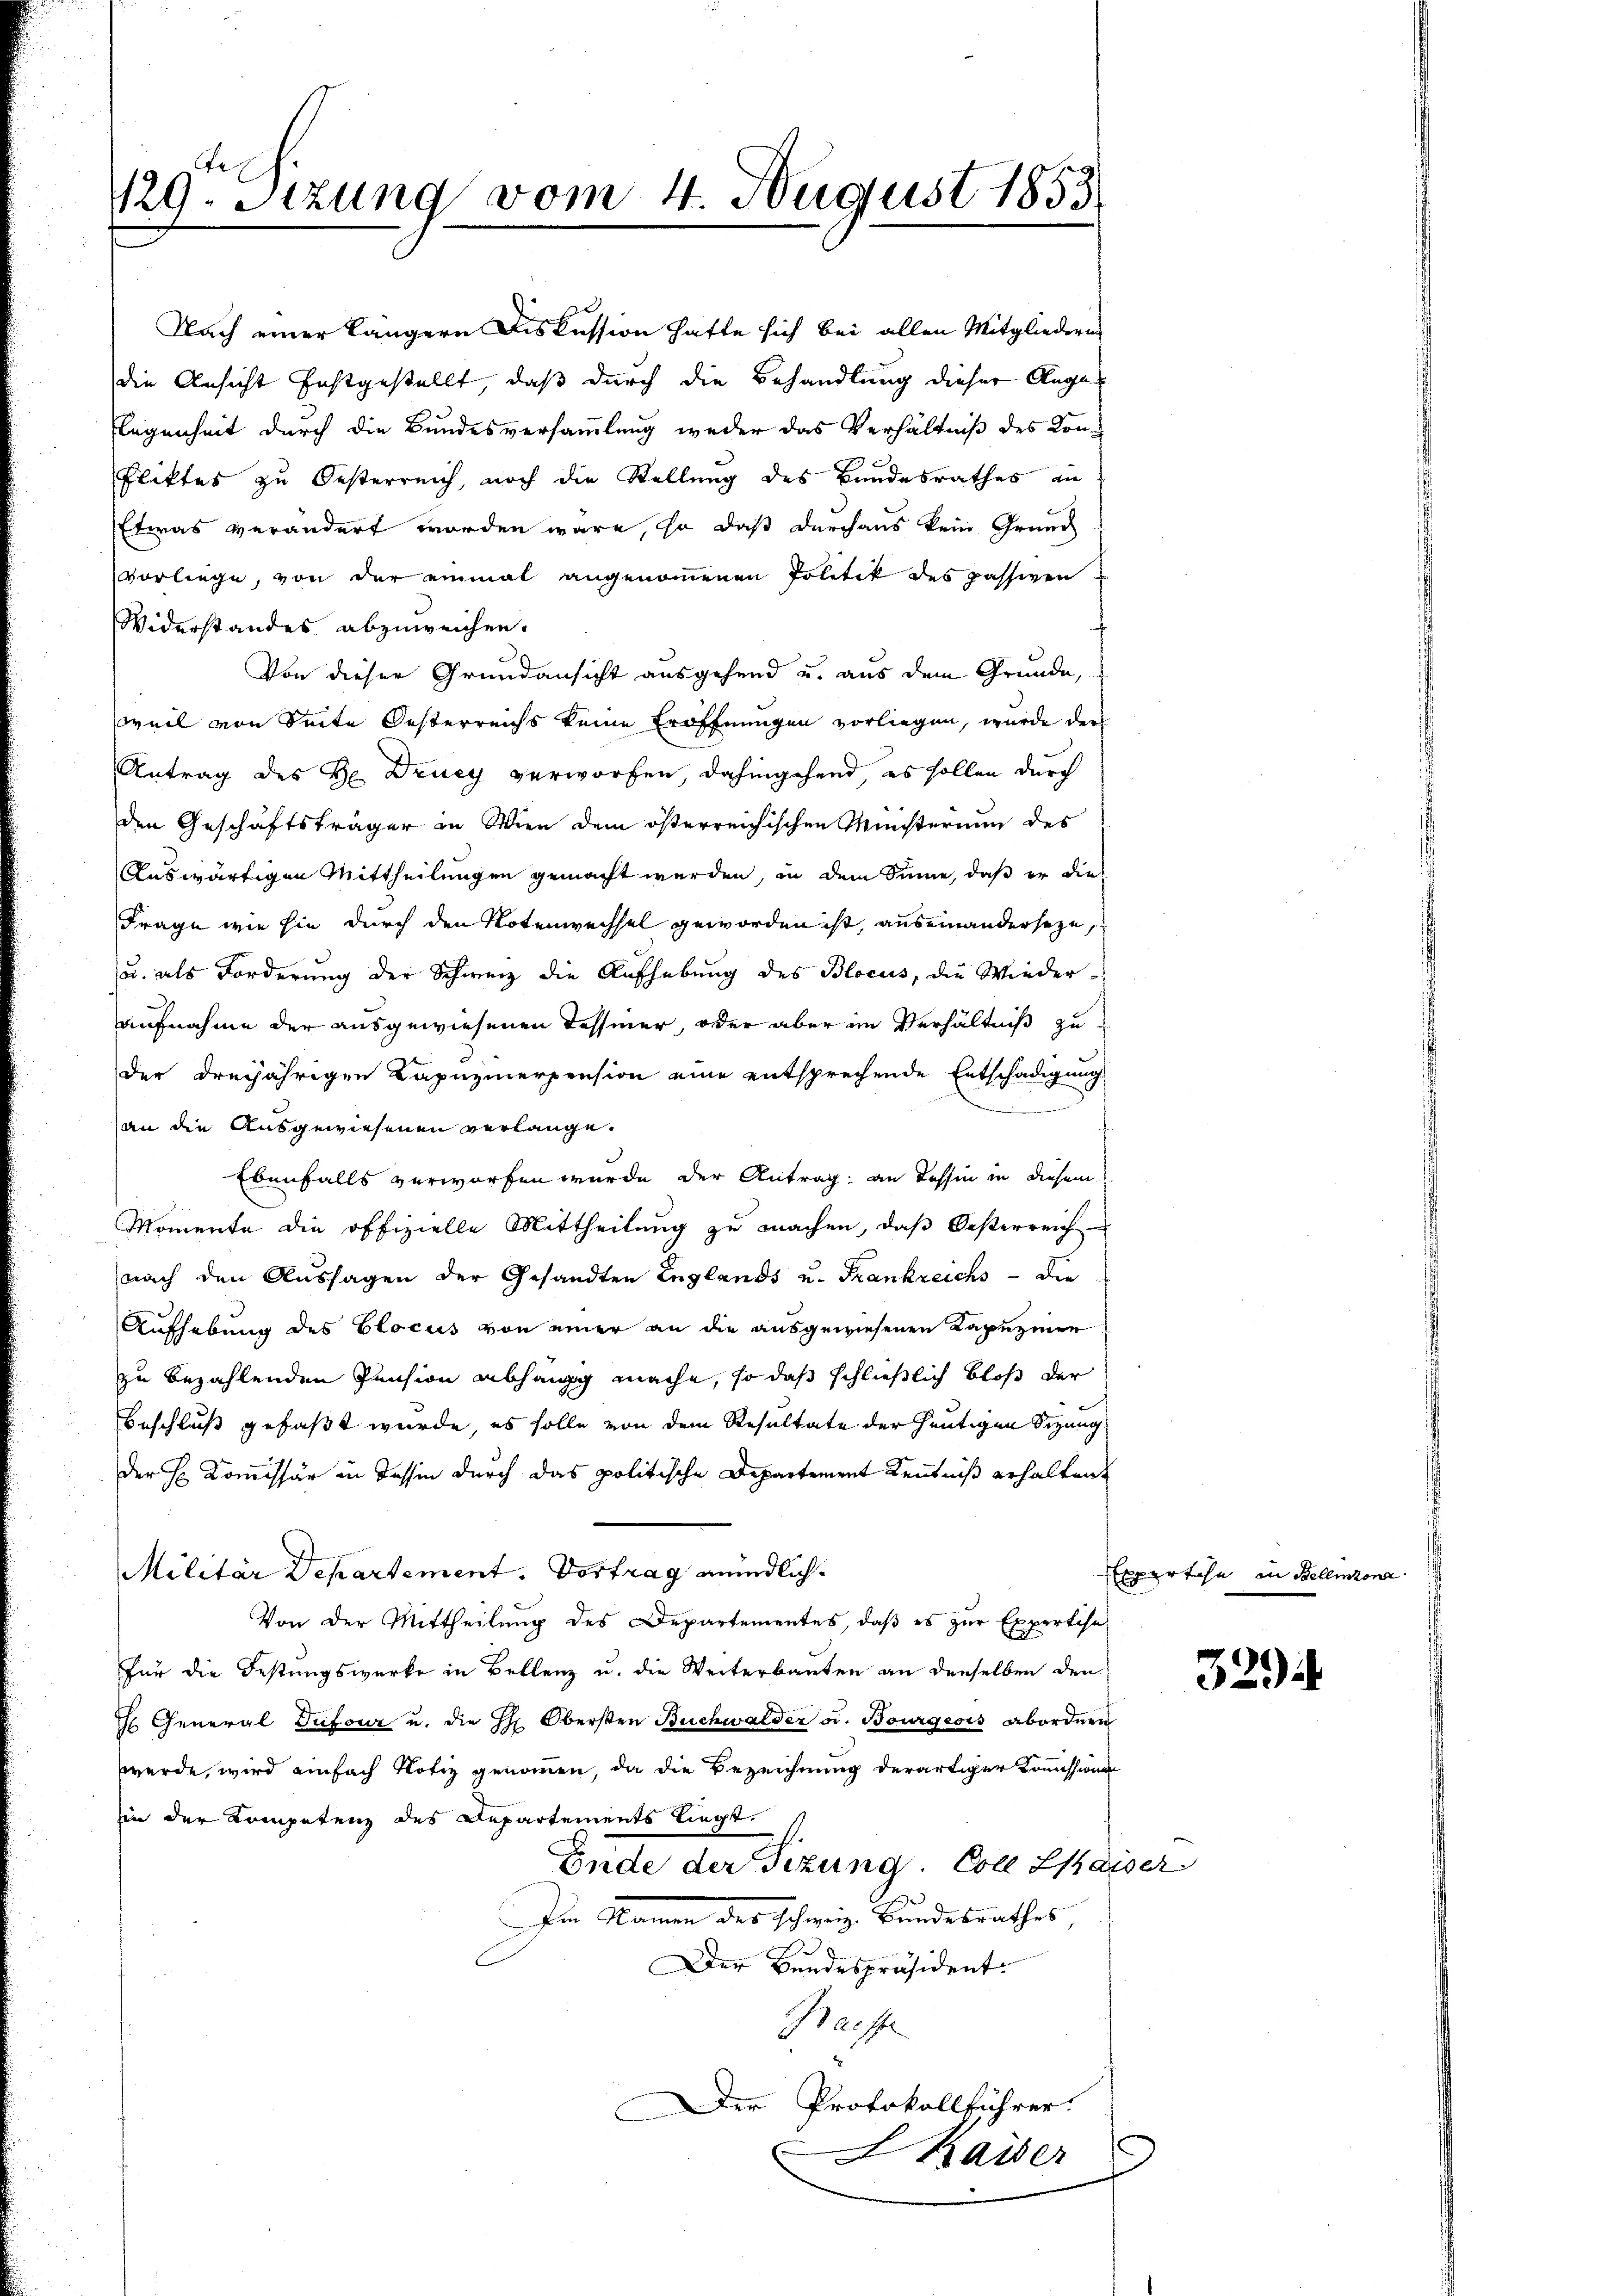
1129. Sitzung vom 4. August 1853

den Geschäftsträger in Wien dem österreichischen Ministerium des
Auswärtigen Mittheilungen gemacht werden, in dem Sinne, daß er die
Frage wie sie durch den Notenwechsel geworden ist, auseinanderseze
u. als Forderung der Schweiz die Aufhebung des Blocus, die Wiederaufnahme der ausgewiesenen Tessiner, oder aber im Verhältniß zu
der dreijährigen Kapuzinerpension eine entsprechende Entschädigung
an die Ausgewiesenen verlange.
Ebenfalls verworfen wurde der Antrag, an dessin in diesem
Momente die offizielle Mittheilung zu machen, daß Oesterreich
nach den Aussagen der Gesandten Englands u. Frankreichs - Die
Aufhebung des Elocus von einer an die ausgewiesenen Kapuziner
zu bezahlenden Pension abhängig mache, so daß schließlich bloß der
Beschluß gefaßt wurde, es solle von dem Resultate der heutigen Sitzung
der H. Commissär in Tessin durch das politische Departement Kenntniß erhalten
Militär Departement. Vortrag meindlich.
Von der Mittheilung des Departementes, daß es zur Expertisa
für die Festungswerke in Bellenz u. die Weiterbauten an denselben den
J General Dufour u. die Hr. Obersten Buchwalder v. Bourgeois Abordnen
werde, wird einfach Notiz genommen, da die Bezeichnung derartiger Kreission
in der Kompetenz des Repartements liegt.
Ende der Sizung. Coll Chaise
Die Namen des schweiz Bundesrathes
Der Bundespräsident
Praese
Der Protokollführer:
Kaiser

Nach einer längern Diskussion hatte sich bei allen Mitgliedern
die Ansicht festgestellt, daß durch die Behandlung dieser Ange¬
Flegenheit durch die Bundesversammlung weder das Verhältniß des Konfliktes zu Oesterreich, noch die Stellung des Bundesrathes an
Etwas verändert worden wäre, so daß durchaus kein Grund
vorliege, von der einmal angenommenen Politik des passiven
Widerstandes abzuweichen.
Von dieser Grundansicht ausgehend u. aus dem Grunde,
weil von Seite Oesterreichs keine Eröffnungen vorliegen, wurde der
Antrag des H. Druey verworfen, dahingehend es sollen durch

Experten in Bellinzona

2

3294